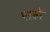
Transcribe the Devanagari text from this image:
शही